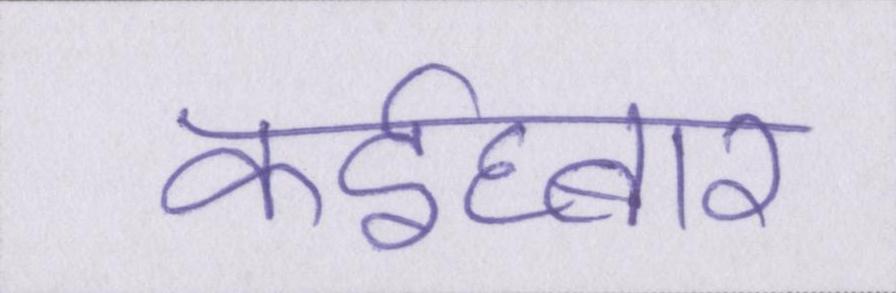
कईघ्बार